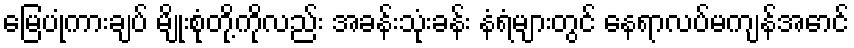
မြေပုံကားချပ် မျိုးစုံတို့ကိုလည်း အခန်းသုံးခန်း နံရံများတွင် နေရာလပ်မကျန်အောင်